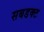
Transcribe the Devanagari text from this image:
सबडक्ट